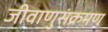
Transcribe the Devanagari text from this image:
जीवाणुसंक्रमण